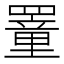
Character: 罿